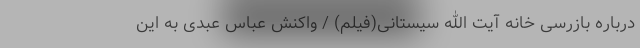
درباره بازرسی خانه آیت الله سیستانی(فیلم) / واکنش عباس عبدی به این